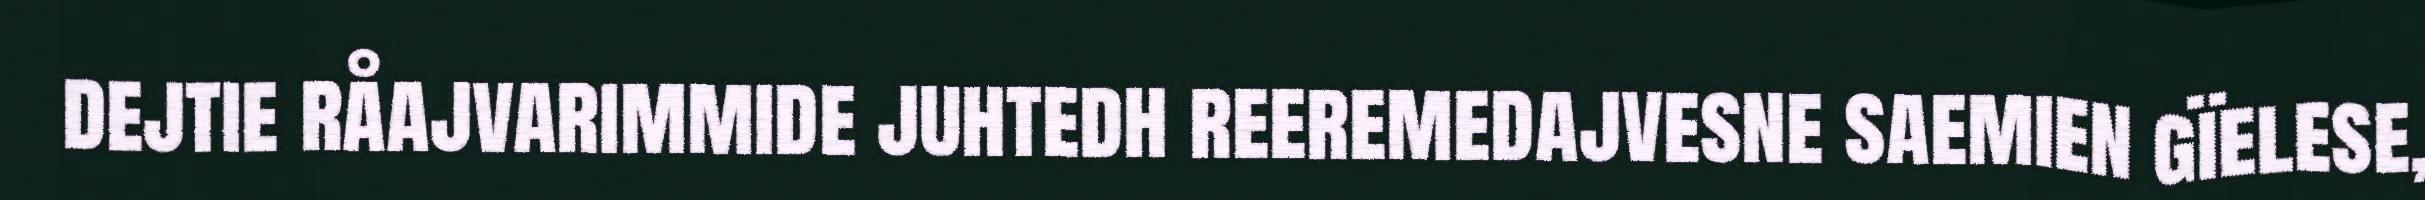
dejtie råajvarimmide juhtedh reeremedajvesne saemien gïelese,